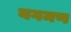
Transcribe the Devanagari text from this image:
यगमण